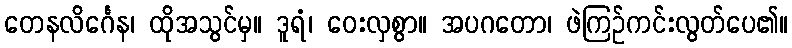
တေနလိင်္ဂေန၊ ထိုအသွင်မှ။ ဒူရံ၊ ဝေးလှစွာ။ အပဂတော၊ ဖဲကြဉ်ကင်းလွတ်ပေ၏။